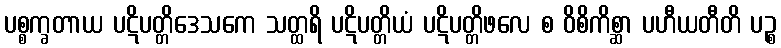
ပစ္စက္ခတာယ ပဋိပတ္တိဒေသကေ သတ္ထရိ ပဋိပတ္တိယံ ပဋိပတ္တိဖလေ စ ဝိစိကိစ္ဆာ ပဟီယတီတိ ပဉ္စ